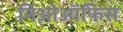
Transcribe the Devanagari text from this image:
निओऑफिस